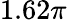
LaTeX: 1.62\pi